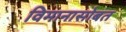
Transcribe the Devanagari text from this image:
विमानासोबत